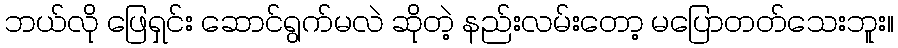
ဘယ်လို ဖြေရှင်း ဆောင်ရွက်မလဲ ဆိုတဲ့ နည်းလမ်းတော့ မပြောတတ်သေးဘူး။